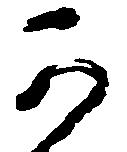
可